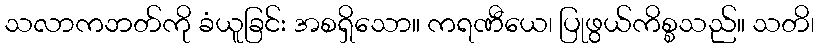
သလာကဘတ်ကို ခံယူခြင်း အစရှိသော။ ကရဏီယေ၊ ပြုဖွယ်ကိစ္စသည်။ သတိ၊